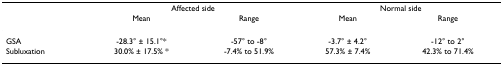
<table><thead><tr><td>[EMPTY_CELL]</td><td colspan="2"><b>Affected side</b></td><td colspan="2"><b>Normal side</b></td></tr><tr><td>[EMPTY_CELL]</td><td><b>Mean</b></td><td><b>Range</b></td><td><b>Mean</b></td><td><b>Range</b></td></tr></thead><tbody><tr><td>GSA</td><td>-28.3° ± 15.1°*</td><td>-57° to -8°</td><td>-3.7° ± 4.2°</td><td>-12° to 2°</td></tr><tr><td>Subluxation</td><td>30.0% ± 17.5% *</td><td>-7.4% to 51.9%</td><td>57.3% ± 7.4%</td><td>42.3% to 71.4%</td></tr></tbody></table>